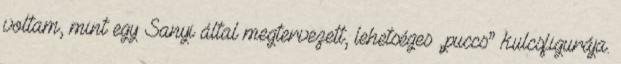
voltam, mint egy Sanyi ál­tal megtervezett, lehetséges „puccs” kulcsfigurája.